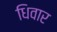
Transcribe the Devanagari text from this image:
धिवार